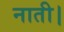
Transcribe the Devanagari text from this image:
नाती।